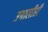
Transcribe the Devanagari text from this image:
उपालीही